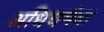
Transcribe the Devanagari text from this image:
अधिचर्मक